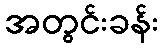
အတွင်းခန်း